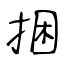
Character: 捆